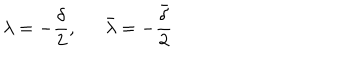
\lambda = - \frac { \delta } { 2 } , \bar { \lambda } = - \frac { \bar { \delta } } { 2 }